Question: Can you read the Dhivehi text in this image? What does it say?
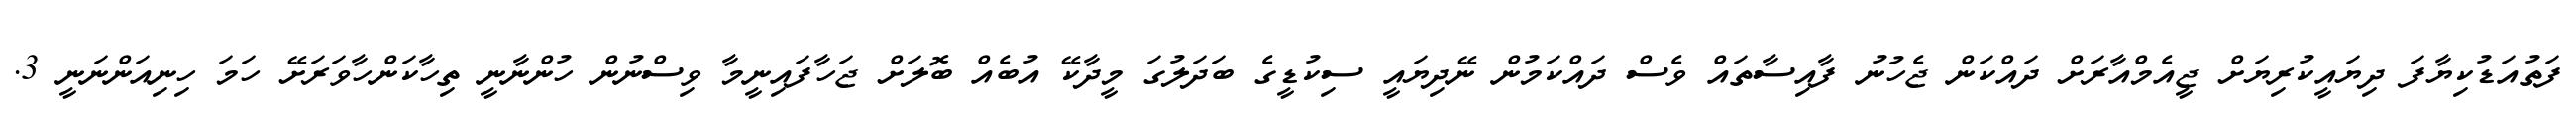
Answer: ފަތުއަޑުކިޔާފަ ދިޔައީކުރިޔަށް ޖީއެމްއާރަށް ދައްކަން ޖެހުނު ފާއިސާތައް ވެސް ދައްކަމުން ނޭދިޔައީ ސިކުޑީގެ ބަދަލުގަ މީދާކޭ އުބެއް ބޮލަށް ޖަހާފައިނީމާ ވިސްނުން ހުންނާނީ ތިހާކަންހާވަރަށޭ ހަމަ ހިނިއަންނަނީ 3.